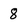
Character: 8